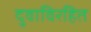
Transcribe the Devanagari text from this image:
दुवाविरहित